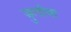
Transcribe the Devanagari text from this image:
जुलीया